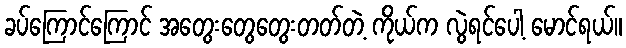
ခပ်ကြောင်ကြောင် အတွေးတွေတွေးတတ်တဲ့ ကိုယ်က လွဲရင်ပေါ့ မောင်ရယ်။